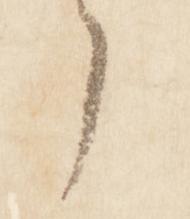
了